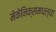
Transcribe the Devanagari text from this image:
मेकेनिक्समधल्या